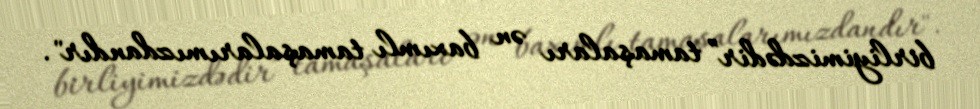
birliyimizdədir” tamaşaları ən baxımlı tamaşalarımızdandır".